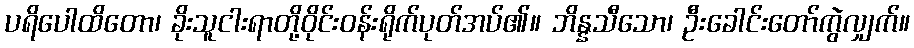
ပရိပေါထိတော၊ ခိုးသူငါးရာတို့ဝိုင်းဝန်းရိုက်ပုတ်အပ်၏။ ဘိန္နသီသော၊ ဦးခေါင်းတော်ကွဲလျှက်။